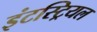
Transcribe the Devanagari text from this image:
इंटस्ट्रियल